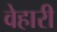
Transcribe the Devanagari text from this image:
वेहारी